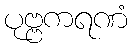
ပုဗ္ဗကရဏံ